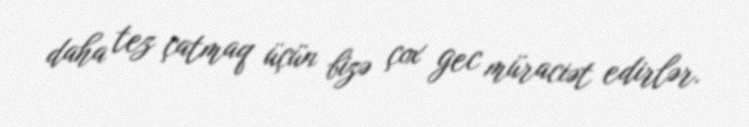
daha tez çatmaq üçün bizə çox gec müraciət edirlər.